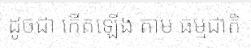
ដូចជា កើតឡើង តាម ធម្មជាតិ